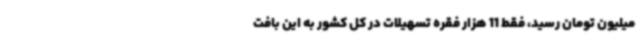
میلیون تومان رسید، فقط 11 هزار فقره تسهیلات در کل کشور به این بافت